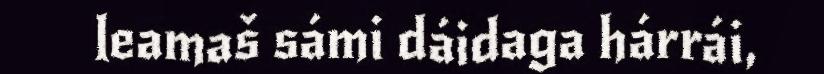
leamaš sámi dáidaga hárrái,